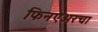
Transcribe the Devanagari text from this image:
फिनएअरचा